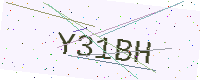
Text: Y31BH